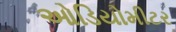
ઓડિયોમીટર